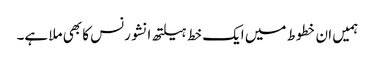
ہمیں ان خطوط میں ایک خط ہیلتھ انشورنس کا بھی ملا ہے۔